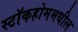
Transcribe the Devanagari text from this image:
स्टॉकहोममधील